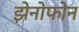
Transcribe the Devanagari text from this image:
झेनोफोन